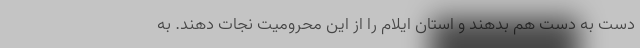
دست به دست هم بدهند و استان ایلام را از این محرومیت نجات دهند. به